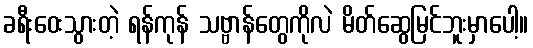
ခရီးဝေးသွားတဲ့ ရန်ကုန် သဗ္ဗာန်တွေကိုလဲ မိတ်ဆွေမြင်ဘူးမှာပေါ့။